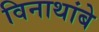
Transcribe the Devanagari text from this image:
विनाथांबे